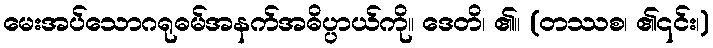
မေးအပ်သောဂရုဓမ်အနက်အဓိပ္ပာယ်ကို။ ဒေတိ၊ ၏။ (တဿစ၊ ၏၎င်း၊)